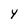
Character: Y